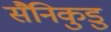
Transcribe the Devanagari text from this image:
सैनिकुडु